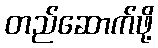
တည်ဆောက်ဖို့